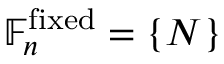
\mathbb { F } _ { n } ^ { \mathrm { f i x e d } } = \{ N \}